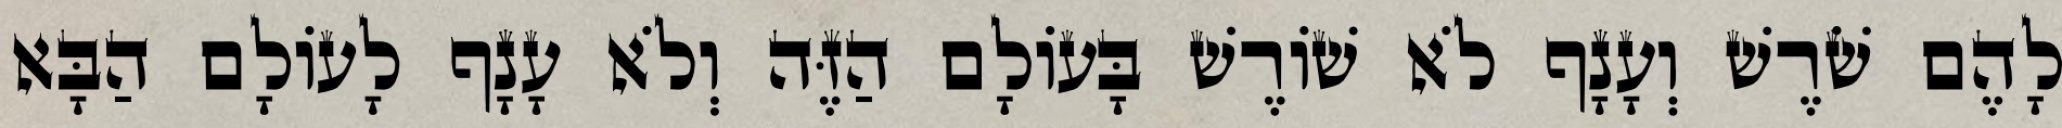
לָהֶם שֹׁרֶשׁ וְעָנָף לֹא שׁוֹרֶשׁ בָּעוֹלָם הַזֶּה וְלֹא עָנָף לָעוֹלָם הַבָּא